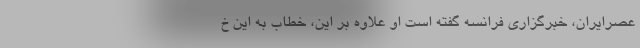
عصرایران، خبرگزاری فرانسه گفته است او علاوه بر این، خطاب به این خ